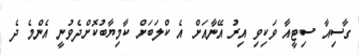
ގާސިއާ ސިޓީއާ ވަކިވި އިރު އޭނާއަށް އެ ކްލަބަށް ކާމިޔާބުކޮށްދެވުނީ އެންމެ ދެ